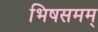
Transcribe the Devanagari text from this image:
भिषसमम्